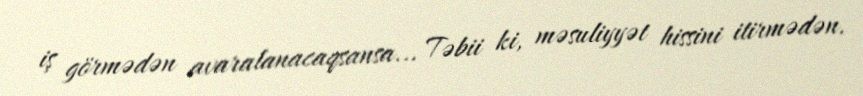
iş görmədən avaralanacaqsansa... Təbii ki, məsuliyyət hissini itirmədən.